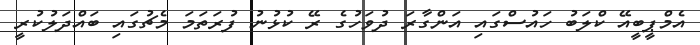
އެމްޕީބީއޭ ކްލަބު ހައުސްގައި އަންގާރަ ދުވަހުގެ ރޭ ކުޅުނު ފުރަތަމަ މެޗުގައި ބައްދަލުކުރީ